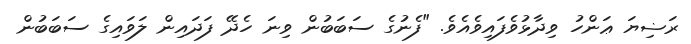
ރަޟިޔަ ޢަންހު ވިދާޅުވެފައިވެއެވެ. "ފެނުގެ ސަބަބުން ވިނަ ހެދޭ ފަދައިން ލަވައިގެ ސަބަބުން